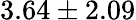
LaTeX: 3.64\pm 2.09